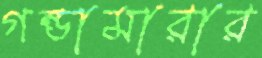
গন্ডামারার